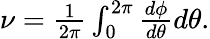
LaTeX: \begin{array}{r}{\nu=\frac{1}{2\pi}\int_{0}^{2\pi}\frac{d\phi}{d\theta}d\theta.}\end{array}